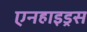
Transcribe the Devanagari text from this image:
एनहाइड्रस